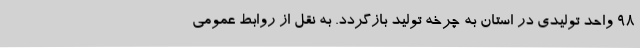
98 واحد تولیدی در استان به چرخه تولید بازگردد. به نقل از روابط عمومی